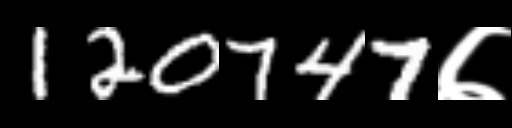
Text: 120747७